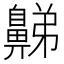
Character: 𪖦